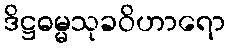
ဒိဋ္ဌဓမ္မသုခဝိဟာရော